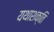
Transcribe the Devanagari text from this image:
यथाशक्ति